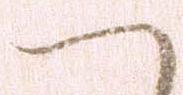
ハ